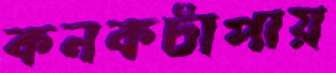
কনকচাঁপায়